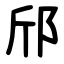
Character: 邤